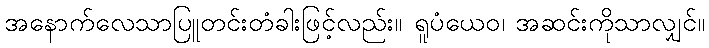
အနောက်လေသာပြူတင်းတံခါးဖြင့်လည်း။ ရူပံယေဝ၊ အဆင်းကိုသာလျှင်။